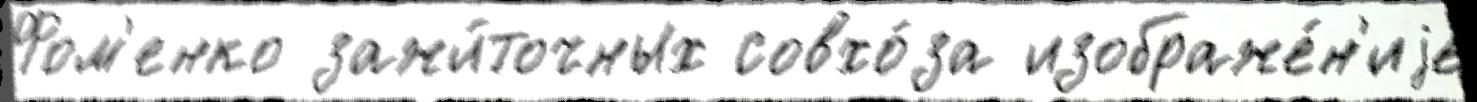
Фом'енко зажи́точных совхо́за изображе́н'иjе